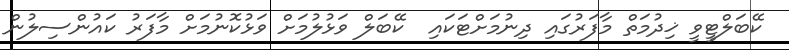
ކޭބަލްޓީވީ ޚިދުމަތް މާފަރުގައި ދިނުމަށްޓަކައި  ކޭބަލް ވަޅުލުމަށް ވަޅުކޮނުމަށް މާފަރު ކައުންސިލުން